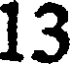
13